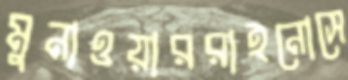
মুনাওয়াররাইনোসে